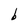
Character: b